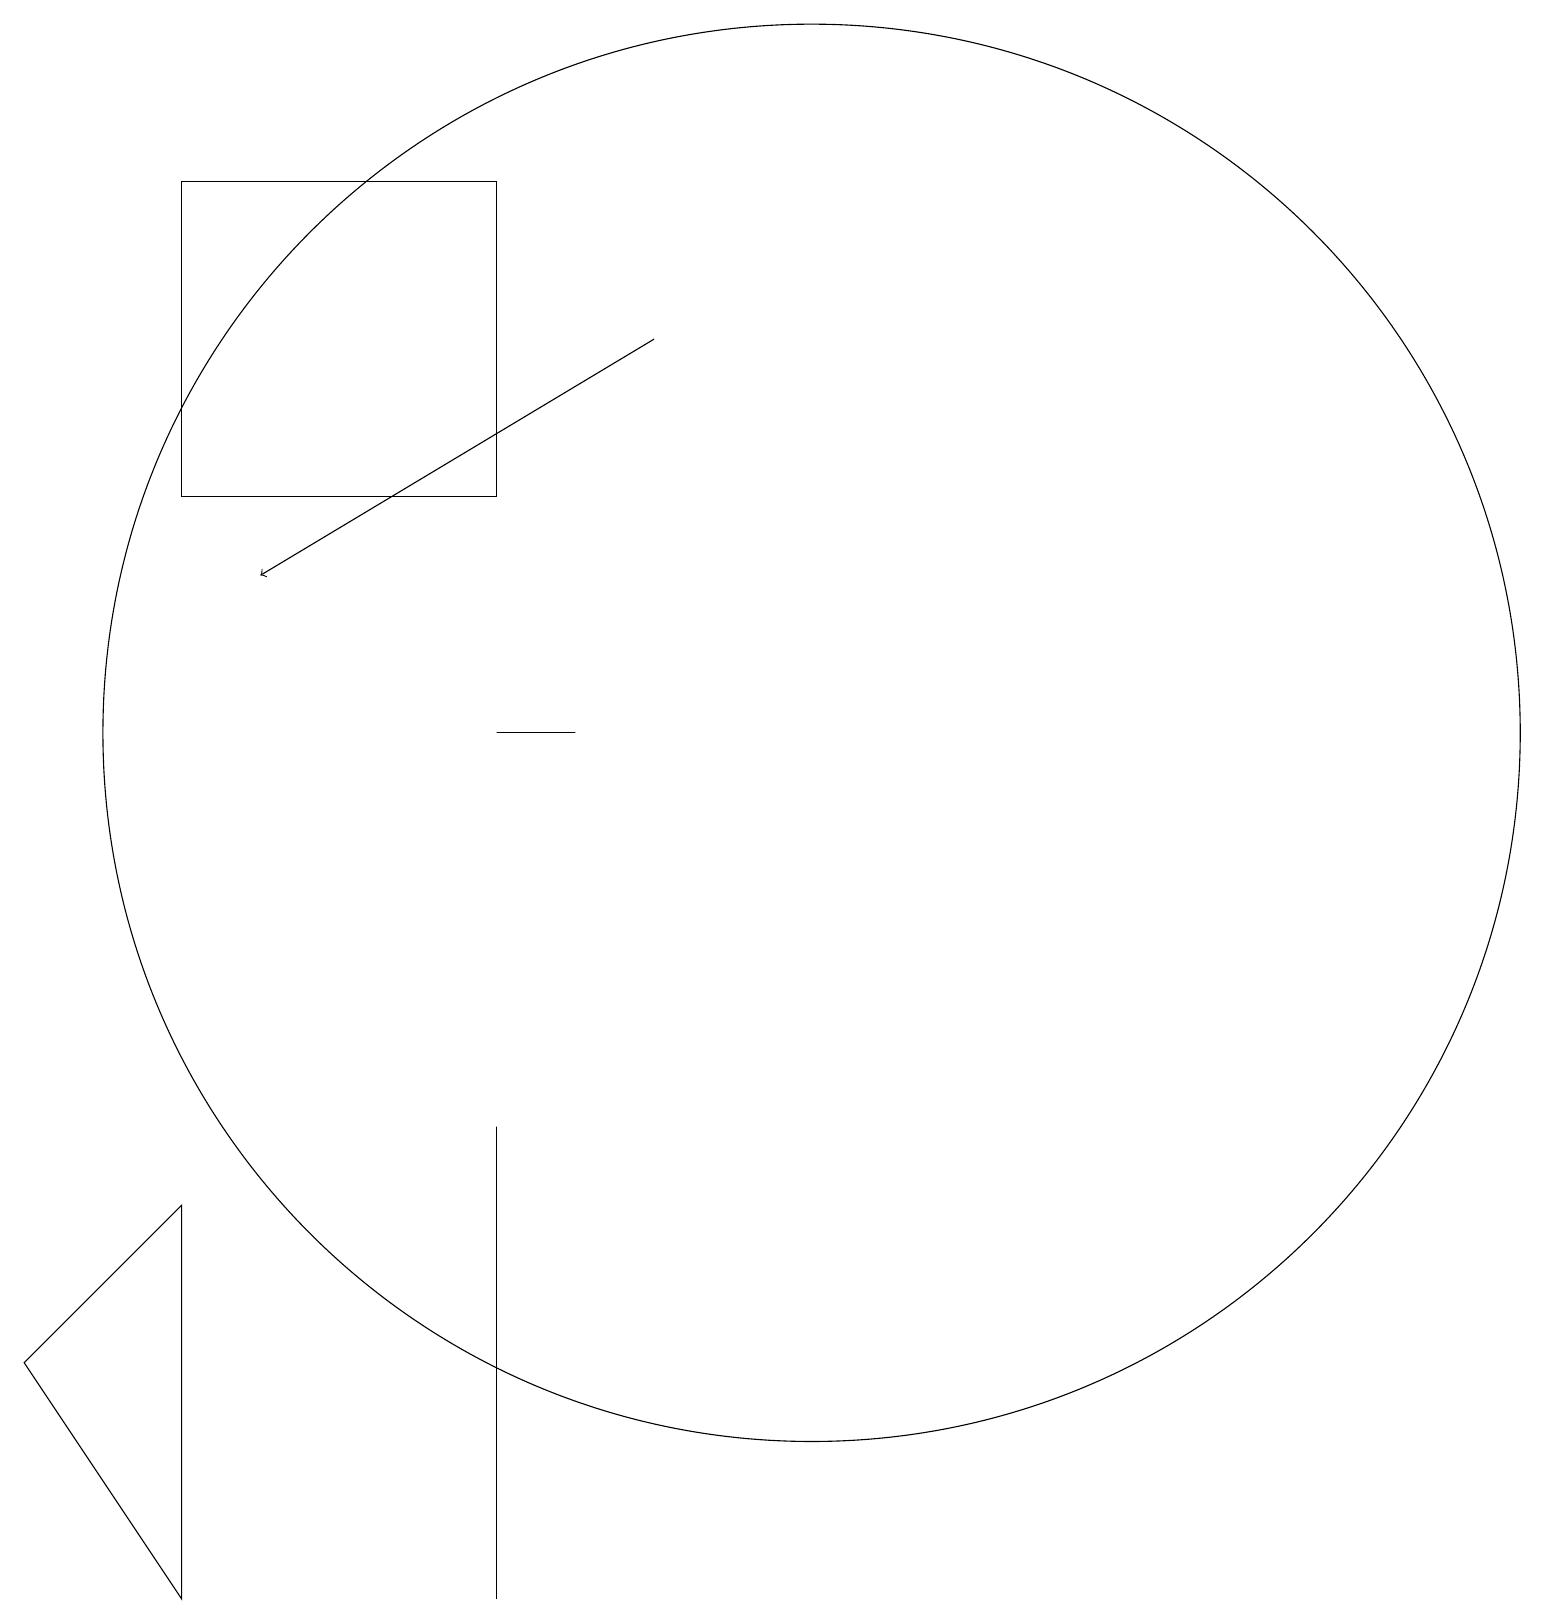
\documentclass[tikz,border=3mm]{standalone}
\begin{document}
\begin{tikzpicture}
\draw[->] (8,17) -- (3,14);
\draw (7,12) rectangle (6,12);
\draw (10,12) circle (9);
\draw (0,4) -- (2,1) -- (2,6) -- cycle;
\draw (6,3) -- (6,7) -- (6,1) -- cycle;
\draw (6,19) rectangle (2,15);
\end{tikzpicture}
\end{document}